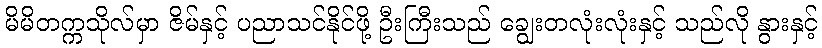
မိမိတက္ကသိုလ်မှာ ဇိမ်နှင့် ပညာသင်နိုင်ဖို့ ဦးကြီးသည် ချွေးတလုံးလုံးနှင့် သည်လို နွားနှင့်